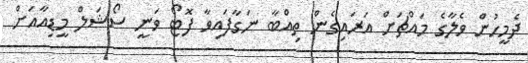
ދެމީހުން ވެލާގެ މައްޗަށް އަރައިގެން ތިއްބާ ނަގާފައިވާ ފޮޓޯ ވަނީ ސޯޝަލް މީޑިއާއަށް